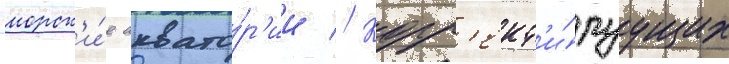
морск'и́е аквато́р'ии // Корр'ект'и́руущих